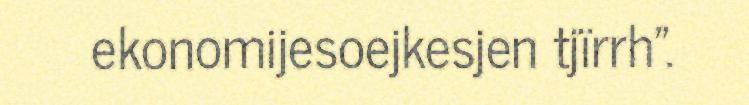
ekonomijesoejkesjen tjïrrh".